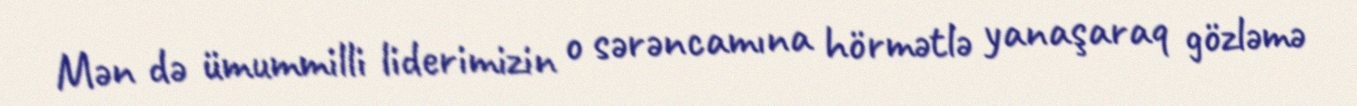
Mən də ümummilli liderimizin o sərəncamına hörmətlə yanaşaraq gözləmə